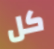
كل